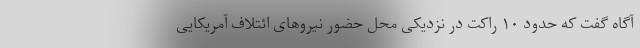
آگاه گفت که حدود ۱۰ راکت در نزدیکی محل حضور نیروهای ائتلاف آمریکایی